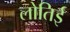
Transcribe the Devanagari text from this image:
लोतिई